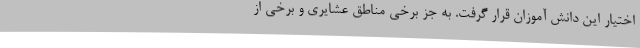
اختیار این دانش آموزان قرار گرفت. به جز برخی مناطق عشایری و برخی از